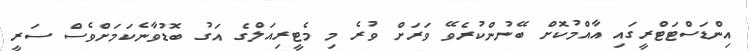
އިންޑަސްޓަޓްރީގައި އާއްމުކޮށް ބޭނުންކުރެވޭ ވަރަށް ވުރެ މި މެޓީރިއަލްގެ އަގު ބޮޑުވާނެކަމަށްވެސް ސަރީ